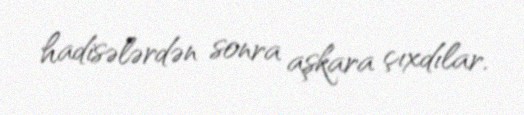
hadisələrdən sonra aşkara çıxdılar.